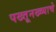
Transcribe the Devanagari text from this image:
पख्तूनख्व्याचे